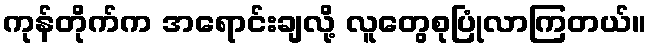
ကုန်တိုက်က အရောင်းချလို့ လူတွေစုပြုံလာကြတယ်။